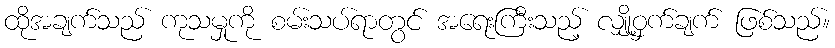
ထိုအချက်သည် ကုသမှုကို စမ်းသပ်ရာတွင် အရေးကြီးသည့် လျှို့ဝှက်ချက် ဖြစ်သည်။